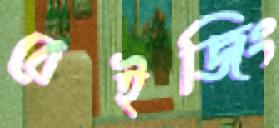
বেইজিং